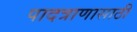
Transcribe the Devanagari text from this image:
पादत्राणासाठी